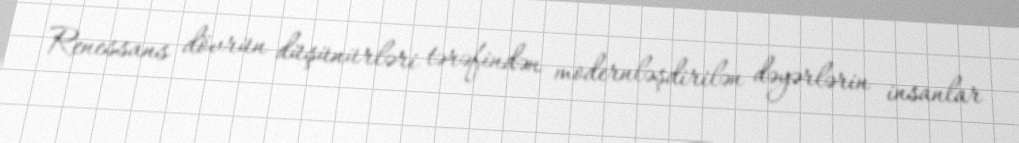
Renessans dövrün düşünürləri tərəfindən modernləşdirilən dəyərlərin insanlar